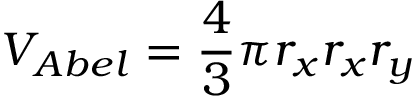
V _ { A b e l } = \frac { 4 } { 3 } \pi r _ { x } r _ { x } r _ { y }